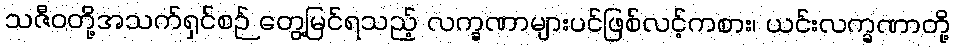
သဇီဝတို့အသက်ရှင်စဉ် တွေ့မြင်ရသည့် လက္ခဏာများပင်ဖြစ်လင့်ကစား၊ ယင်းလက္ခဏာတို့